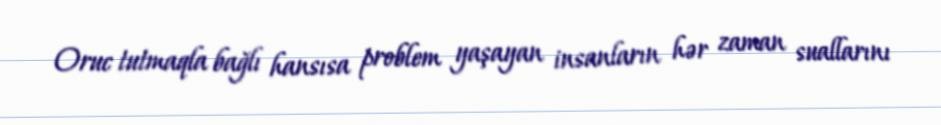
Oruc tutmaqla bağlı hansısa problem yaşayan insanların hər zaman suallarını